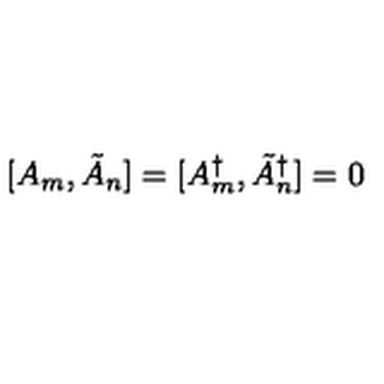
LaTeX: [ A _ { m } , \tilde { A } _ { n } ] = [ A _ { m } ^ { \dagger } , \tilde { A } _ { n } ^ { \dagger } ] = 0